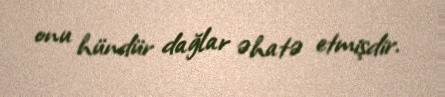
onu hündür dağlar əhatə etmişdir.